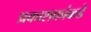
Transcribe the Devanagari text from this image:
प्रकाशकांकडे